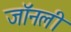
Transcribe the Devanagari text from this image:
जॉनली